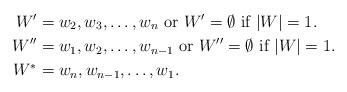
LaTeX: \begin{align*}W'&=w_2,w_3,\ldots, w_n \mbox{ or } W'=\emptyset \mbox{ if }|W|=1.\\W''&=w_1,w_2,\ldots, w_{n-1} \mbox{ or } W''=\emptyset\mbox{ if }|W|=1.\\ W^*&=w_n,w_{n-1},\ldots,w_1.\end{align*}